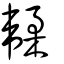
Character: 韖